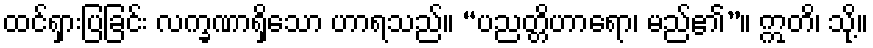
ထင်ရှားပြခြင်း လက္ခဏာရှိသော ဟာရသည်။ “ပညတ္တိဟာရော၊ မည်၏”။ ဣတိ၊ သို့။